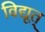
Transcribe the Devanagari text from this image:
विद्यूत्‌